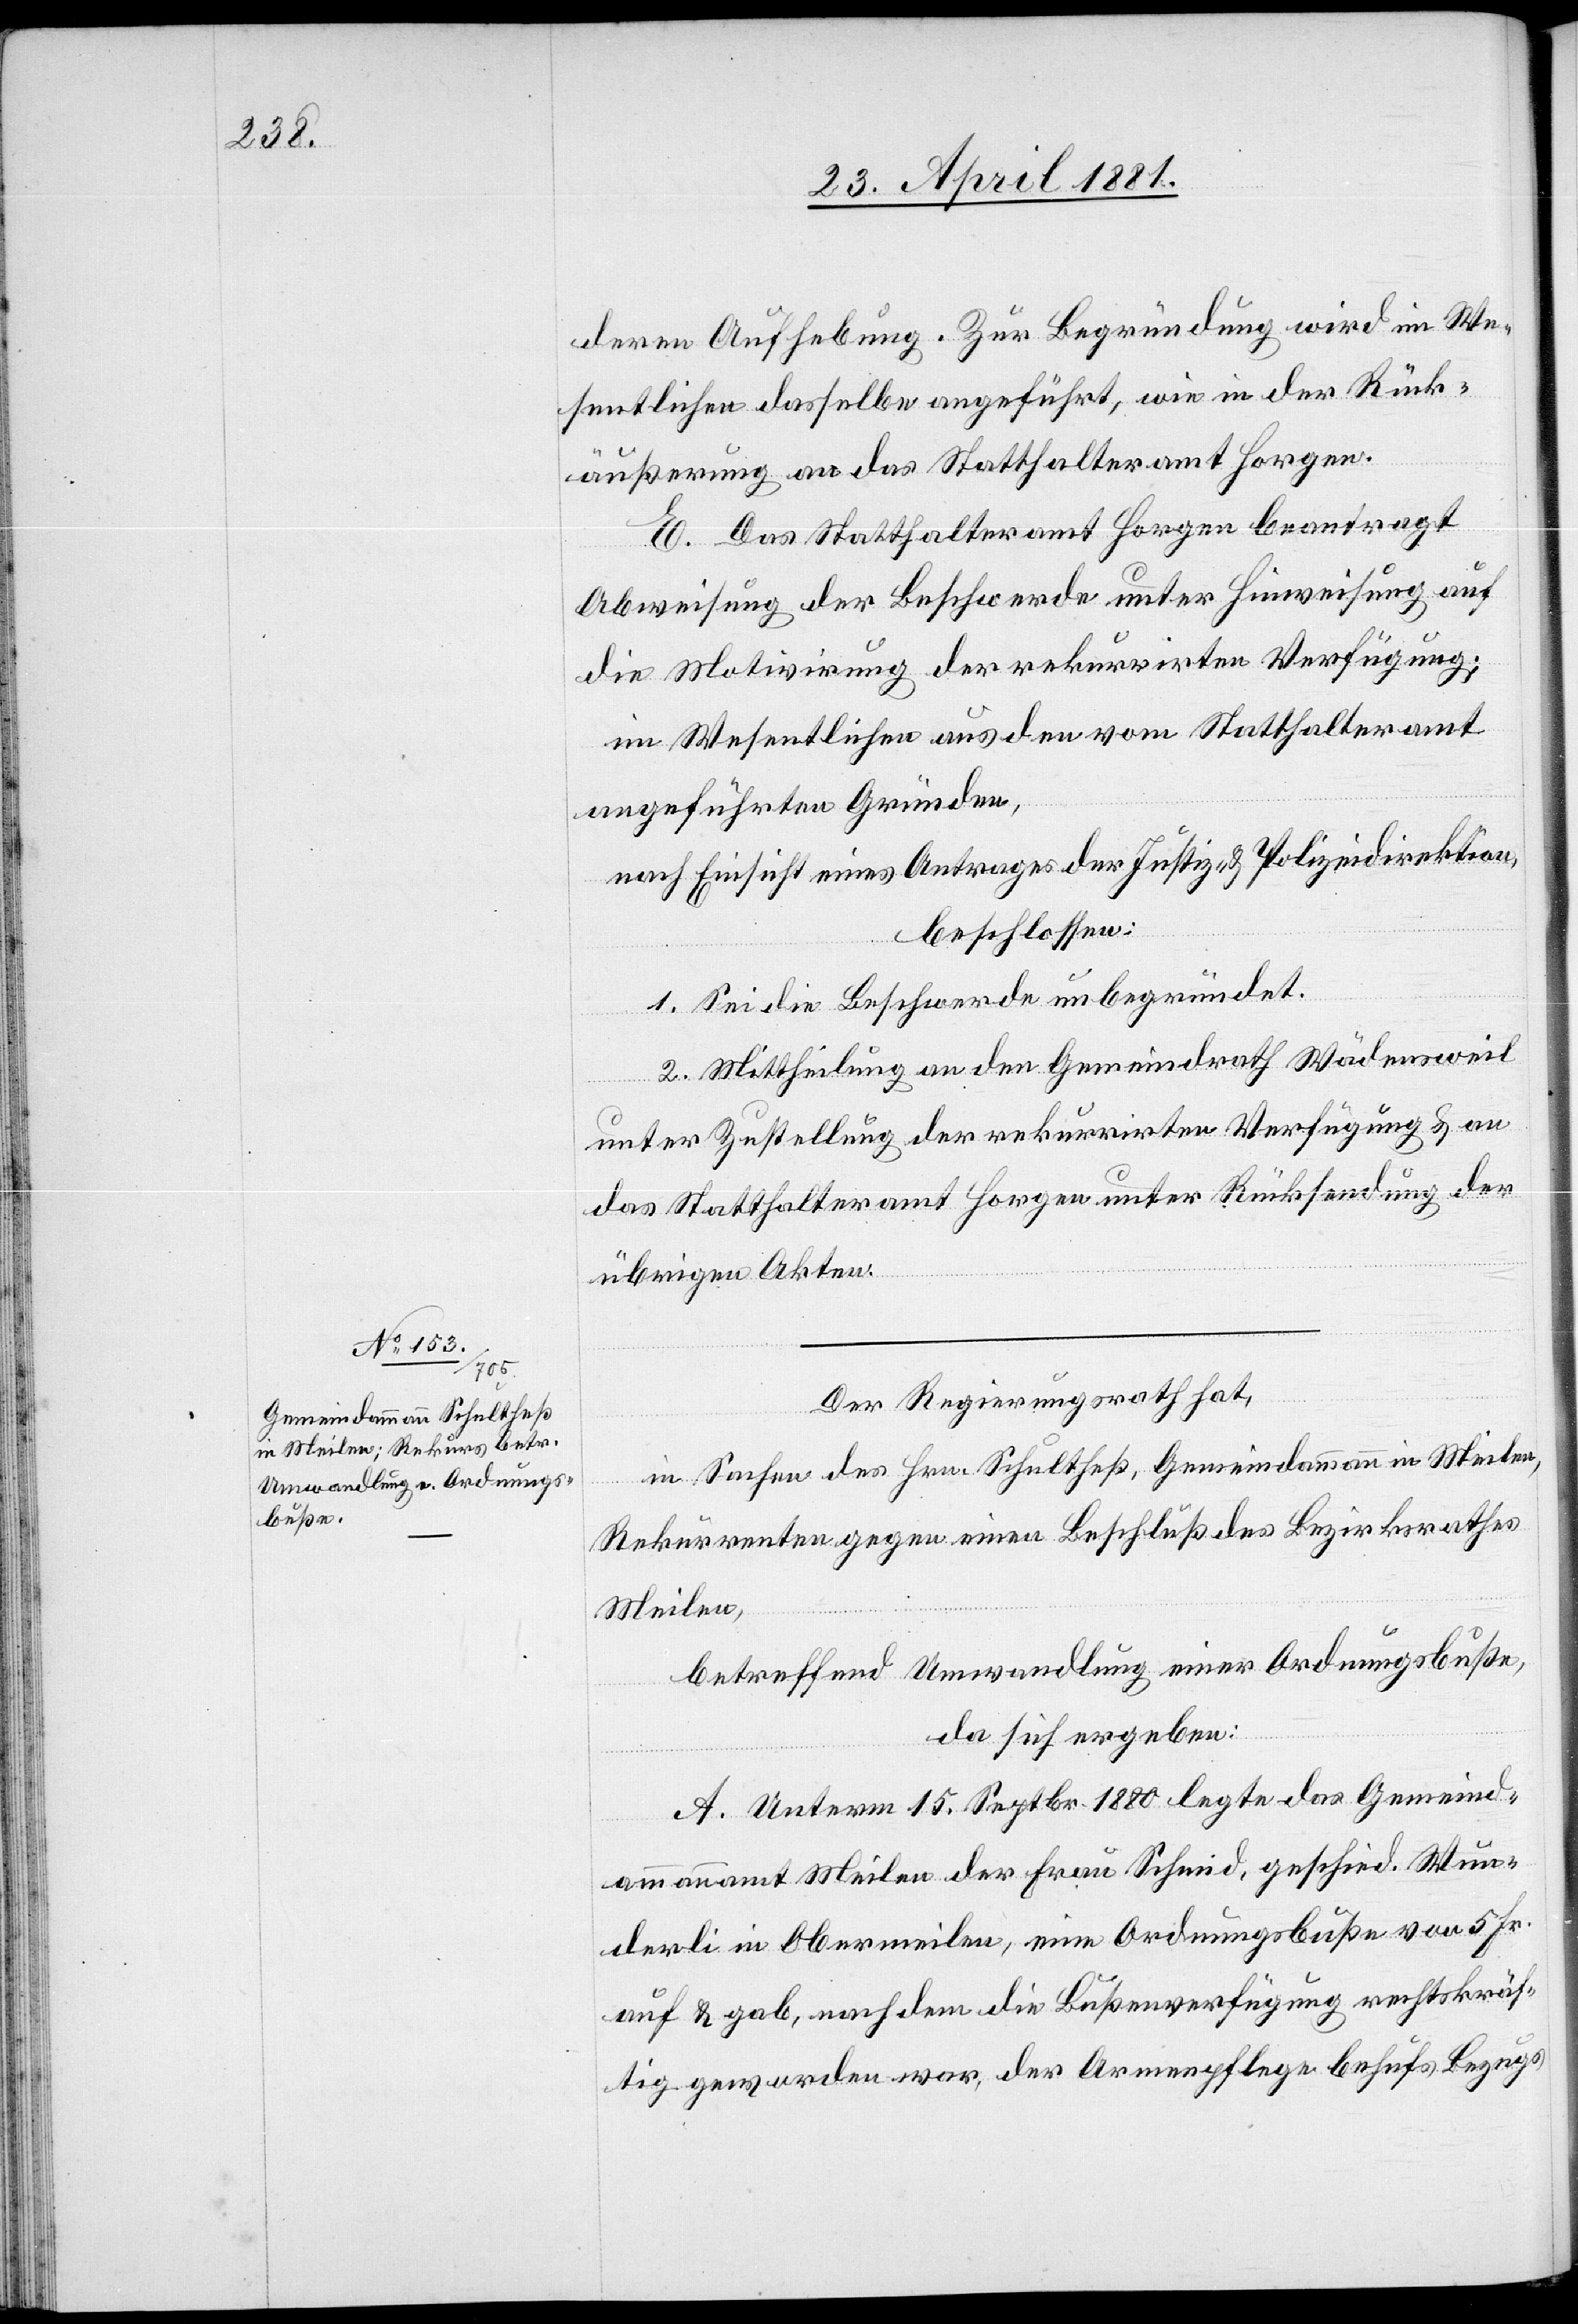
deren Aufhebung. Zur Begründung wird im We¬
sentlichen dasselbe angeführt, wie in der Rück¬
äußerung an das Statthalteramt Horgen.
E. Das Statthalteramt Horgen beantragt
Abweisung der Beschwerde unter Hinweisung auf
die Motivirung der rekurrirten Verfügung;
im Wesentlichen aus den vom Statthalteramt
angeführten Gründen,
nach Einsicht eines Antrages der Justiz- & Polizeidirektion,
beschloßen:
1. Sei die Beschwerde unbegründet.
2. Mittheilung an den Gemeindrath Wädensweil
unter Zustellung der rekurrirten Verfügung & an
das Statthalteramt Horgen unter Rücksendung der
übrigen Akten.
Der Regierungsrath,
in Sachen des Hrn. Schultheß, Gemeindammann in Meilen,
Rekurrenten gegen einen Beschluß des Bezirksrathes
Meilen,
betreffend Umwandlung einer Ordnungsbuße,
da sich ergeben:
A. Unterm 15. Septbr. 1880 legte das Gemeind¬
ammannamt Meilen der Frau Schmid, geschied. Wun¬
derli in Obermeilen, eine Ordnungsbuße von 5 Fr.
auf & gab, nach dem die Bußenverfügung rechtskräf¬
tig geworden war, der Armenpflege behufs Bezugs